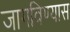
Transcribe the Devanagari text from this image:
जागविण्यास